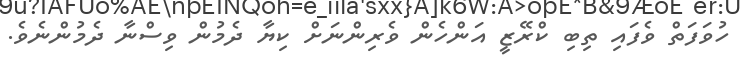
ހުވަފަތް ވެފައި ތިބި ކްރޭޒީ އަންހެން ވެރިންނަށް ކިޔާ ދެމުން ވިސްނާ ދެމުންނެވެ.